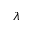
\lambda